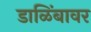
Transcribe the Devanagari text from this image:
डाळिंबावर